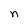
Character: n